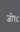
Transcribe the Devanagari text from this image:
जो१८